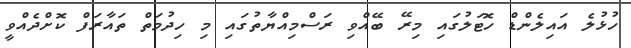
ހުޅުލެ އައިލެންޑް ހޮޓަލުގައި މިރޭ ބޭއްވި ރަސްމިއްޔާތުގައި މި ހިދުމަތް ތައާރަފް ކޮށްދެއްވީ